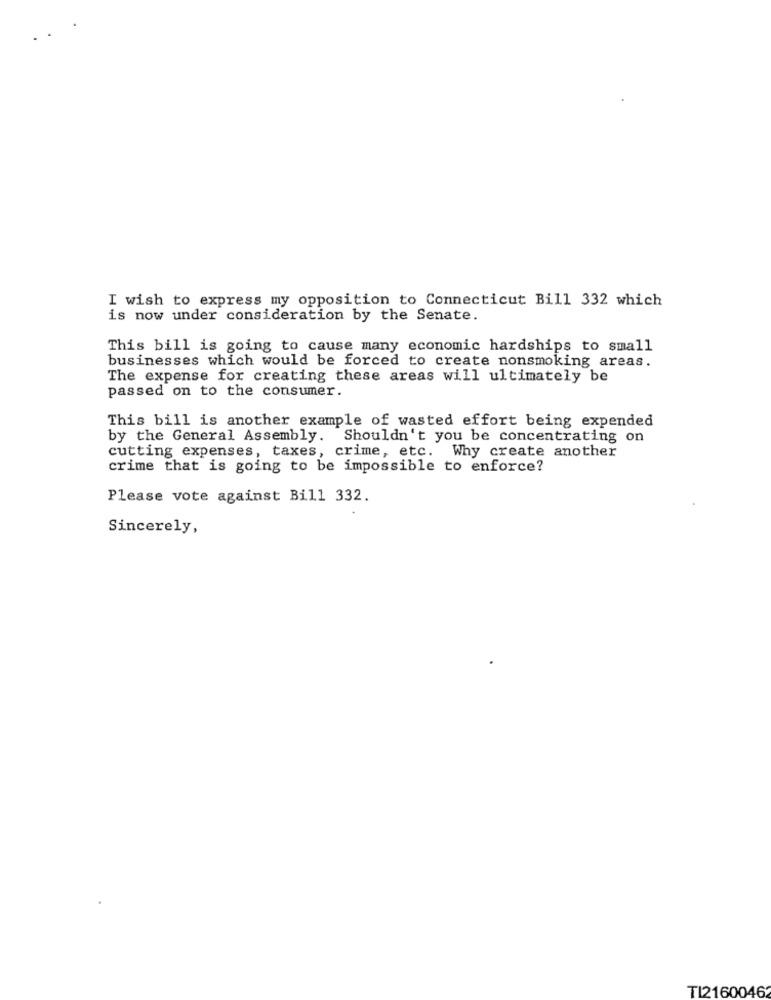
I wish to express my opposition to Connecticut Bill 332 which
is now under consideration by the Senate.
This bill is going to cause many economic hardships to small
businesses which would be forced to create nonsmoking areas.
The expense for creating these areas will ultimately be
passed on to the consumer.
This bill is another example of wasted effort being expended
by the General Assembly. Shouldn't you be concentrating on
cutting expenses, taxes, crime, etc. Why create another
crime that is going to be impossible to enforce?
Please vote against Bill 332.
Sincerely,
TI21600462